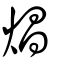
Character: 焻